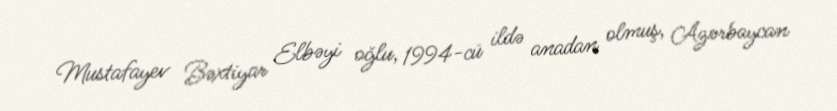
Mustafayev Bəxtiyar Elbəyi oğlu, 1994-cü ildə anadan olmuş, Azərbaycan